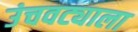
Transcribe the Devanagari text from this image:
उंचवट्याला